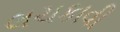
લચકાવી